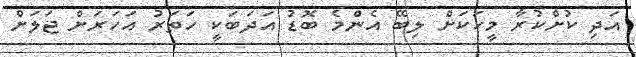
އަދި ކުށްކުރާ މީހަކަށް ލިބޭ އެންމެ ބޮޑު އަދަބަކީ ހަތަރު އަހަރަށް ޖަލަށް